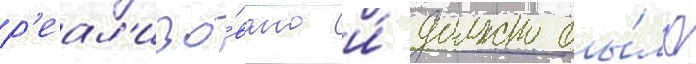
р'еал'изо́вано и́ должно бы́ло